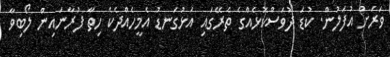
ވަރަށް އުފަލުން. ކުޑަ ދުވަސްކޮޅެއްގެ ތެރޭގައި އަޅުގަނޑު އެމީހެއްދެކެ ހިތާ ފުރާނައިން ލޯބިވާ